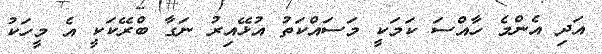
އަދި އެންމެ ހާއްސަ ކަމަކީ މަސައްކަތު އުޅޭއިރު ނަގާ ބްރޭކަކީ އެ މީހަކު